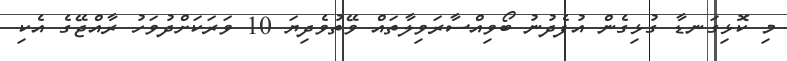
މި ކޮޅިގަނޑާ ގުޅިގެން އުފެދުނު ބޯވިއްސާރަވިލާތައް ވޭތުވެދިޔަ 10 ވަރަކަށްދުވަހު ރާއްޖޭގެ އެކި